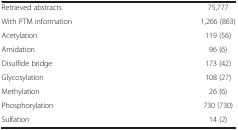
|  |  |
 | --- | --- |
 | Retrieved abstracts | 75,777 |
 | With PTM information | 1,266 (863) |
 | Acetylation | 119 (56) |
 | Amidation | 96 (6) |
 | Disulfide bridge | 173 (42) |
 | Glycosylation | 108 (27) |
 | Methylation | 26 (6) |
 | Phosphorylation | 730 (730) |
 | Sulfation | 14 (2) |